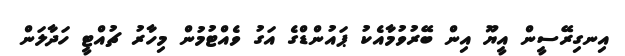
އިނގިރޭސީން އީޔޫ އިން ބޭރުވުމާއެކު ޕައުންޑްގެ އަގު ވެއްޓުމުން މިހާރު ޗުއްޓީ ހަދާލަން